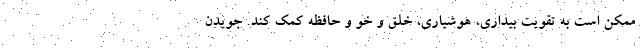
ممکن است به تقویت بیداری، هوشیاری، خلق و خو و حافظه کمک کند. جویدن